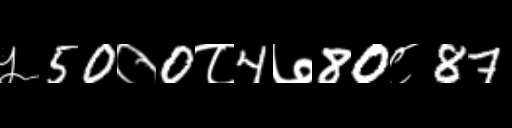
Text: ५50०0८4७80८87